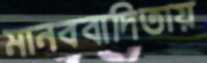
মানববাদিতায়